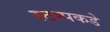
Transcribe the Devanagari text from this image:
स्टम्पकडे